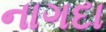
નાગદા